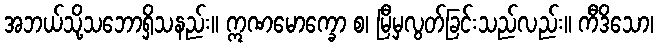
အဘယ်သို့သဘောရှိသနည်း။ ဣဏမောက္ခော စ၊ မြီမှလွတ်ခြင်းသည်လည်း။ ကီဒိသော၊